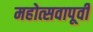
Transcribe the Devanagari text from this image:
महोत्सवापूर्वी